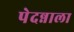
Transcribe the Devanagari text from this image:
पेदन्नाला